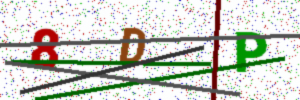
Text: 8DP